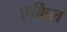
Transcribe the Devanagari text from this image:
एग्रिल